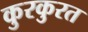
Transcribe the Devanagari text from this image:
कुरकुरत